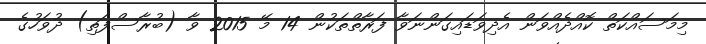
މިމަސައްކަތް ކޮއްދެއްވަން އެދިވަޑައިގަންނަވާ ފަރާތްތަކުން 14 މޭ 2015 ވާ (ބުރާސްފަތި) ދުވަހުގެ